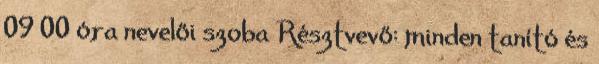
09 00 óra nevelői szoba Résztvevő: minden tanító és